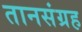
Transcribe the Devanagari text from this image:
तानसंग्रह